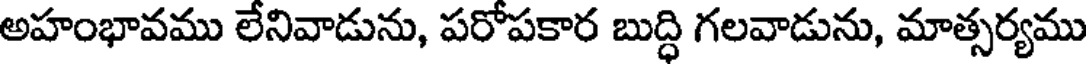
అహంభావము లేనివాడును, పరోపకార బుద్ధి గలవాడును, మాత్సర్యము